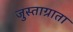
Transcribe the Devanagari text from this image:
जुस्ताग्राता